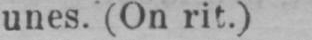
unes. (On rit.)